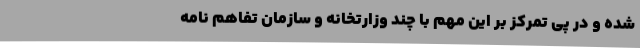
شده و در پی تمرکز بر این مهم با چند وزارتخانه و سازمان تفاهم نامه